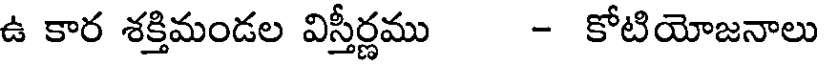
ఉ కార శక్తిమండల విస్తీర్ణము - కోటియోజనాలు